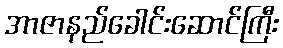
အာဇာနည်ခေါင်းဆောင်ကြီး